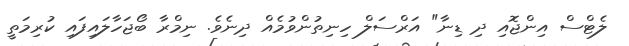
ލެޓްސް އިންޖޮއި ދި ޑިނާ" އަރްސަލް ހިނިތުންވުމެއް ދިނެވެ. ނިމްރާ ބޯޖަހާލައިފައި ކުރިމަތީ